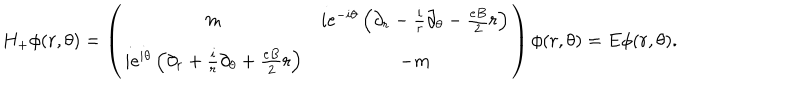
LaTeX: H _ { + } \phi ( r , \theta ) = \left( \begin{array} { c c } { { m } } & { { i e ^ { - i \theta } \left( \partial _ { r } - \frac { i } { r } \partial _ { \theta } - \frac { e B } { 2 } r \right) } } \\ { { i e ^ { i \theta } \left( \partial _ { r } + \frac { i } { r } \partial _ { \theta } + \frac { e B } { 2 } r \right) } } & { { - m } } \\ \end{array} \right) \phi ( r , \theta ) = E \phi ( r , \theta ) .